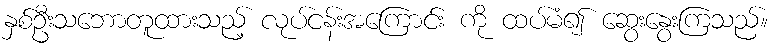
နှစ်ဦးသဘောတူထားသည့် လုပ်ငန်းအကြောင်း ကို ထပ်မံ၍ ဆွေးနွေးကြသည်။